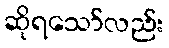
ဆိုရသော်လည်း